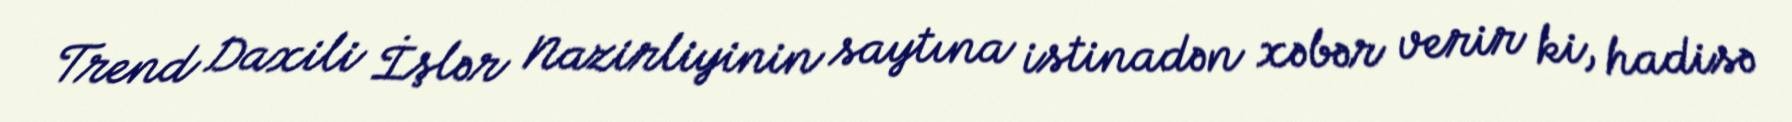
Trend Daxili İşlər Nazirliyinin saytına istinadən xəbər verir ki, hadisə